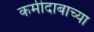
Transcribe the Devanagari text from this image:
कमीदाबाच्या